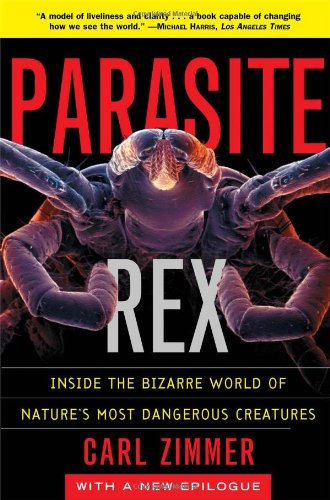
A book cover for Parasite Rex: Inside the Bizarre World of Nature's Most Dangerous Creatures; Carl Zimmer; Science & Math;